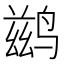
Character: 鹚